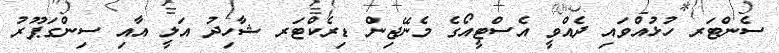
ސެންޓަރ ހުޅުއްވައި ދެއްވީ އެސްޓީއޯގެ މެނޭޖިން ޑިރެކްޓަރ ޝާހިދު އަލީ އާއި ސިންގަޕޫރު